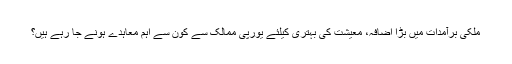
ملکی برآمدات میں بڑا اضافہ، معیشت کی بہتری کیلئے یورپی ممالک سے کون سے اہم معاہدے ہونے جا رہے ہیں؟